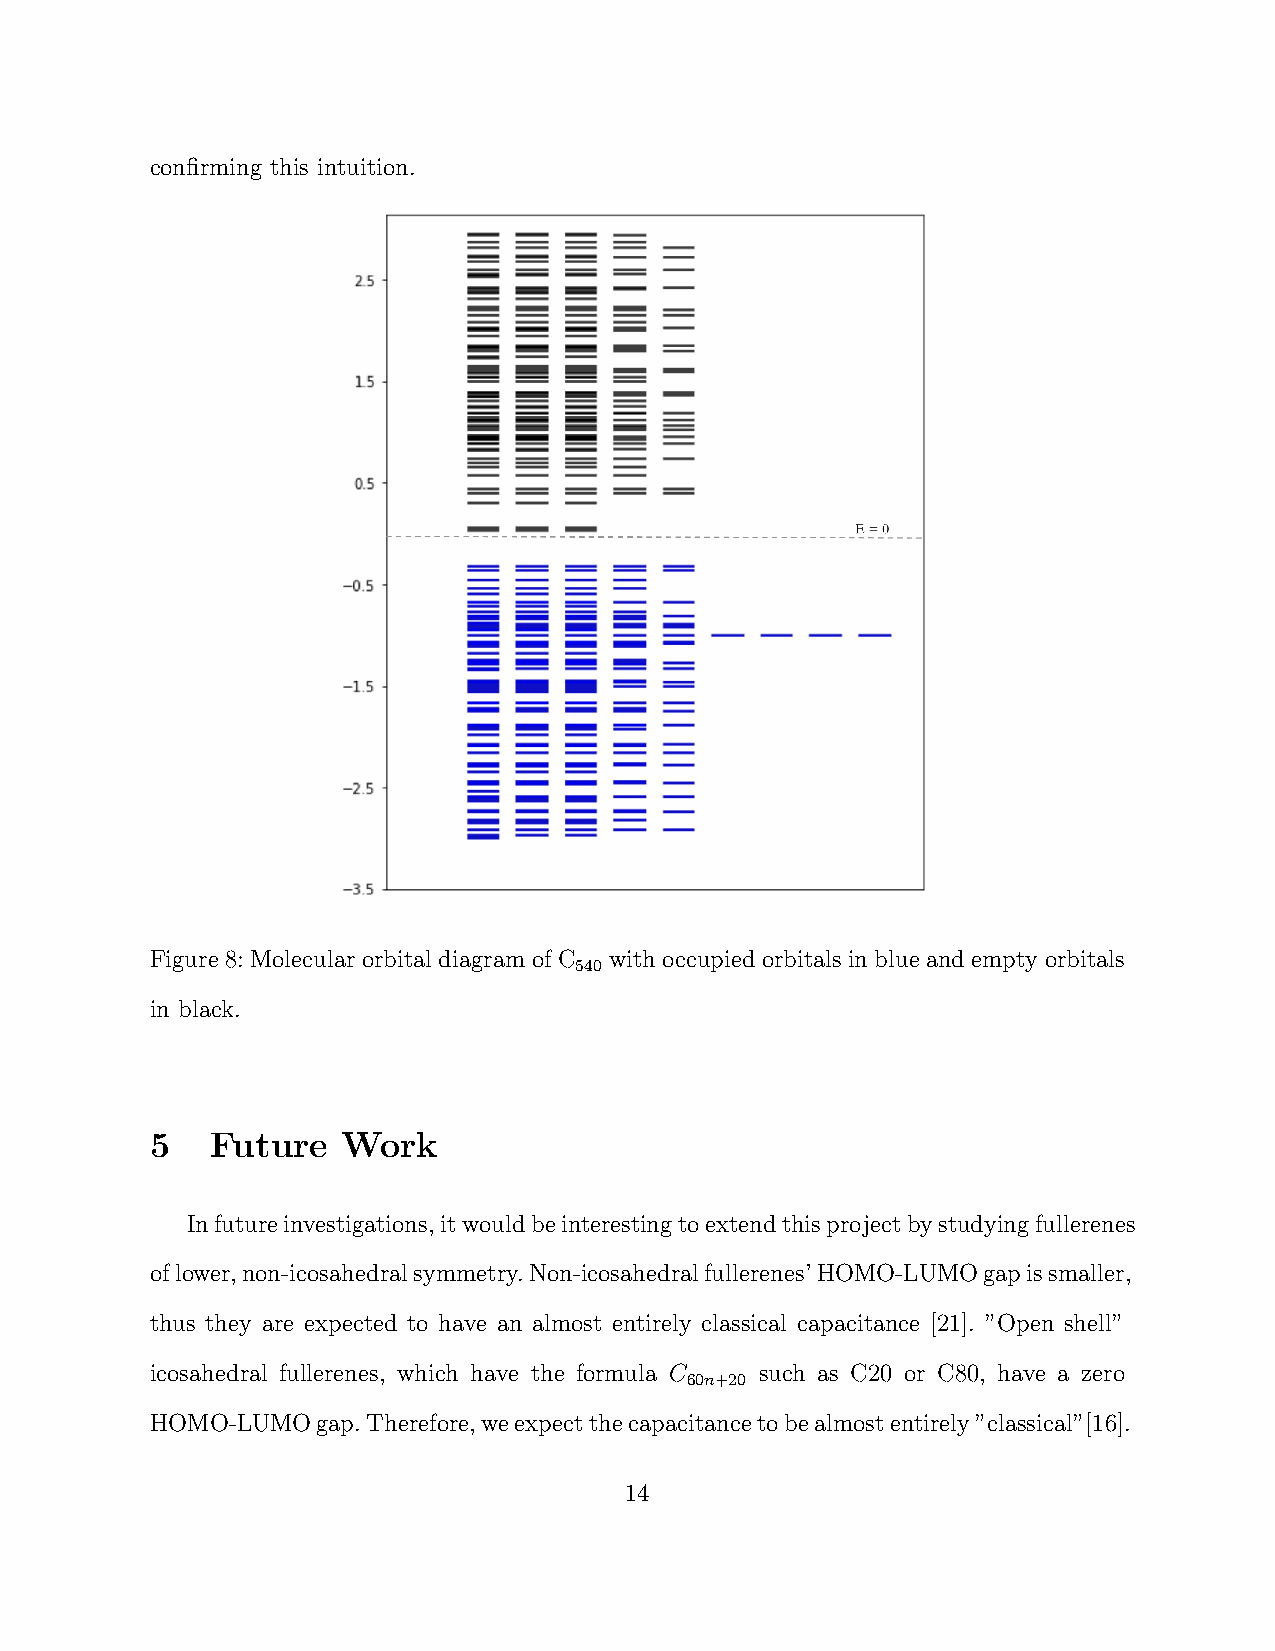
confirming this intuition.
 Figure 8: Molecular orbital diagram of C with occupied orbitals in blue and empty orbitals
 540
 in black.
 5   Future   Work
 Infutureinvestigations,itwouldbeinterestingtoextendthisprojectbystudyingfullerenes
 oflower,non-icosahedralsymmetry.Non-icosahedralfullerenes’HOMO-LUMOgapissmaller,
 thus they are expected to have an almost entirely classical capacitance [21]. ”Open shell”
 icosahedral fullerenes, which have the formula C such as C20 or C80, have a zero
 60n+20
 HOMO-LUMOgap.Therefore,weexpectthecapacitancetobealmostentirely”classical”[16].
 14